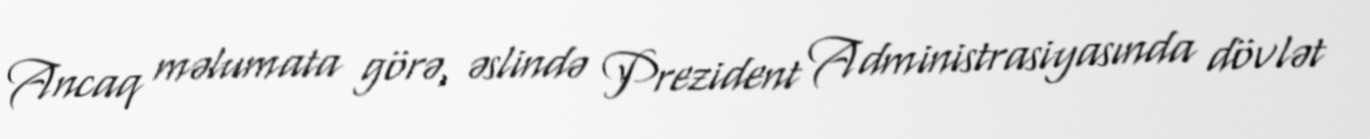
Ancaq məlumata görə, əslində Prezident Administrasiyasında dövlət